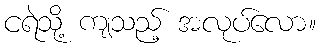
ငရဲသို့ ကျသည့် အလုပ်လော။